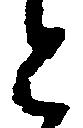
と